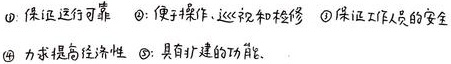
\textcircled{1} 保证运行可靠
\textcircled{2} 便于操作、巡视和检修
\textcircled{3} 保证工作人员的安全
\textcircled{4} 力求提高经济性
\textcircled{5} 具有扩建的功能